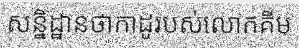
សន្និដ្ឋានថាកាដូរបស់លោកគីម